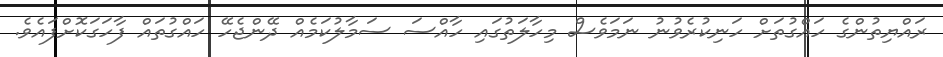
ރައްޔިތުންގެ ހައްގުތަށް ހަނިކުރެވުނު ނަމަވެސް މިހާލަތުގައި ހާއްސަ ސަމާލުކަމެއް ދޭންޖެހޭ ހައްގުތައް ފާހަގަކޮށްފައެވެ.